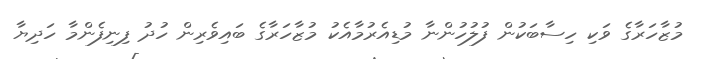
މުޒާހަރާގެ ވަކި ހިސާބަކުން ފުލުހުންނާ މުޑިއެރުމާއެކު މުޒާހަރާގެ ބައިވެރިން ހުދު ފިނިފެންމާ ހަދިޔާ